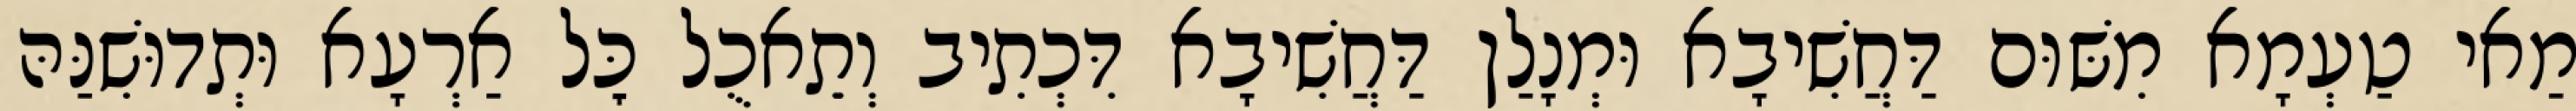
מַאי טַעְמָא מִשּׁוּם דַּחֲשִׁיבָא וּמְנָלַן דַּחֲשִׁיבָא דִּכְתִיב וְתֵאכֻל כׇּל אַרְעָא וּתְדוּשִׁנַּהּ